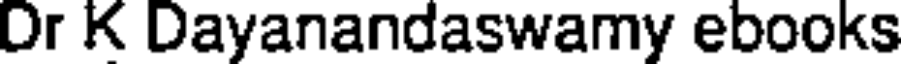
Dr K Dayanandaswamy ebooks